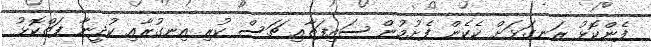
ފެންކޮޅު ރަނގަޅަށް ކެކެން ފެށުމުން ސައިފަތާއި ޗަސް ކުރި އިނގުރާއި ކުދީނާ ފަތްކޮޅު